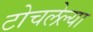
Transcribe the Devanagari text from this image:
टोचलेल्या